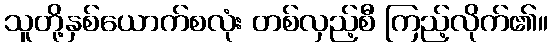
သူတို့နှစ်ယောက်စလုံး တစ်လှည့်စီ ကြည့်လိုက်၏။